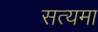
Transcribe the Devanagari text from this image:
सत्यमा